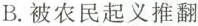
B.被农民起义推翻